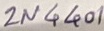
Text: 2N4401